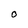
Character: O